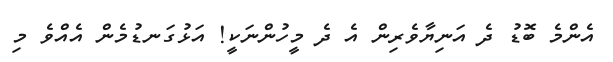
އެންމެ ބޮޑު ދެ އަނިޔާވެރިން އެ ދެ މީހުންނަކީ! އަޅުގަނޑުމެން އެއްވެ މި